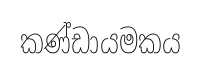
කණ්ඩායමකය